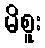
မိစူး